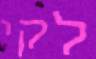
לקי